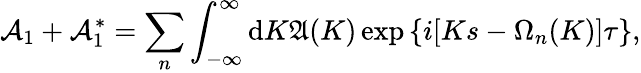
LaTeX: {\cal A}_{1}+{\cal A}_{1}^{\ast}=\sum_{n}\int_{-\infty}^{\infty}\mathrm{d}K{\mathfrak A}{\left(K\right)}\exp{\left\{ i{\left[Ks-\Omega_{n}{\left(K\right)}\right]}\tau\right\} },